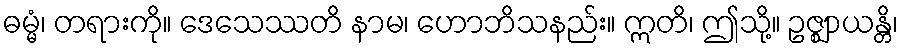
ဓမ္မံ၊ တရားကို။ ဒေသေဿတိ နာမ၊ ဟောဘိသနည်း။ ဣတိ၊ ဤသို့။ ဥဇ္ဈာယန္တိ၊